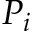
P _ { i }